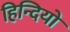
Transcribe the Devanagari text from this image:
हिन्दियो